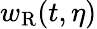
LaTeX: w_{\mathrm{R}}(t,\eta)